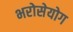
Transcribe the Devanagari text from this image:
भरोसेयोग